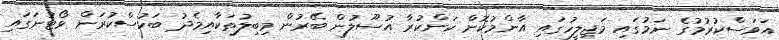
އަވަސްކުރުމުގެ ނަމުގައި މަޖިލީހުގައި އާންމުކޮށް ކަންކުރާ އުސޫލުން ބޭރުން މިބިލުތަކާއިމެދު ބަހުސްކުރަން ވޯޓުނަގައި